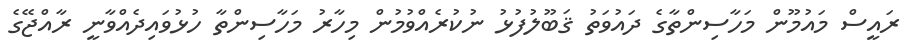
ރައީސް މައުމޫން މަހާސިންތާގެ ދައުވަތު ޤަބޫލުފުޅު ނުކުރެއްވުމުން މިހާރު މަހާސިންތާ ހުޅުވައިދެއްވާނީ ރާއްޖޭގެ